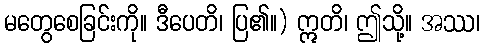
မတွေစေခြင်းကို။ ဒီပေတိ၊ ပြ၏။) ဣတိ၊ ဤသို့။ အဿ၊